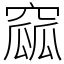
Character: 窳